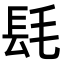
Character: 𨱞